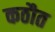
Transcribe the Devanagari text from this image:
कठौत